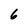
Character: 6